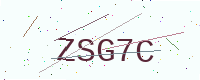
Text: ZSG7C